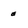
Character: e